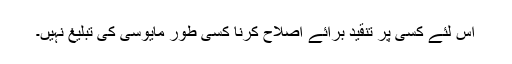
اس لئے کسی پر تنقید برائے اصلاح کرنا کسی طور مایوسی کی تبلیغ نہیں۔